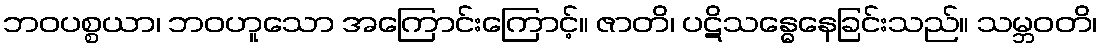
ဘဝပစ္စယာ၊ ဘဝဟူသော အကြောင်းကြောင့်။ ဇာတိ၊ ပဋိသန္ဓေနေခြင်းသည်။ သမ္ဘဝတိ၊